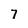
Character: 7